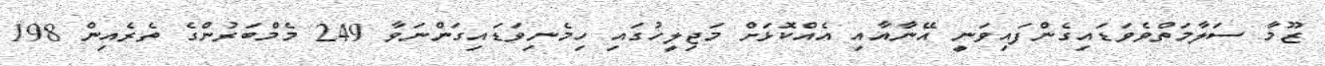
ޒޫމާ ސަލާމަތްވެވަޑައިގެންފައިވަނީ އޭނާއާއި އެއްކޮޅަށް މަޖިލީހުގައި ހިމެނިވަޑައިގަންނަވާ 249 މެމްބަރުންގެ ތެރެއިން 198